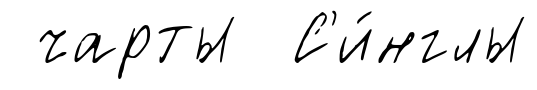
чарты С'и́нглы